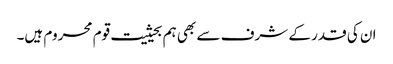
ان کی قدر کے شرف سے بھی ہم بحیثیت قوم محروم ہیں۔